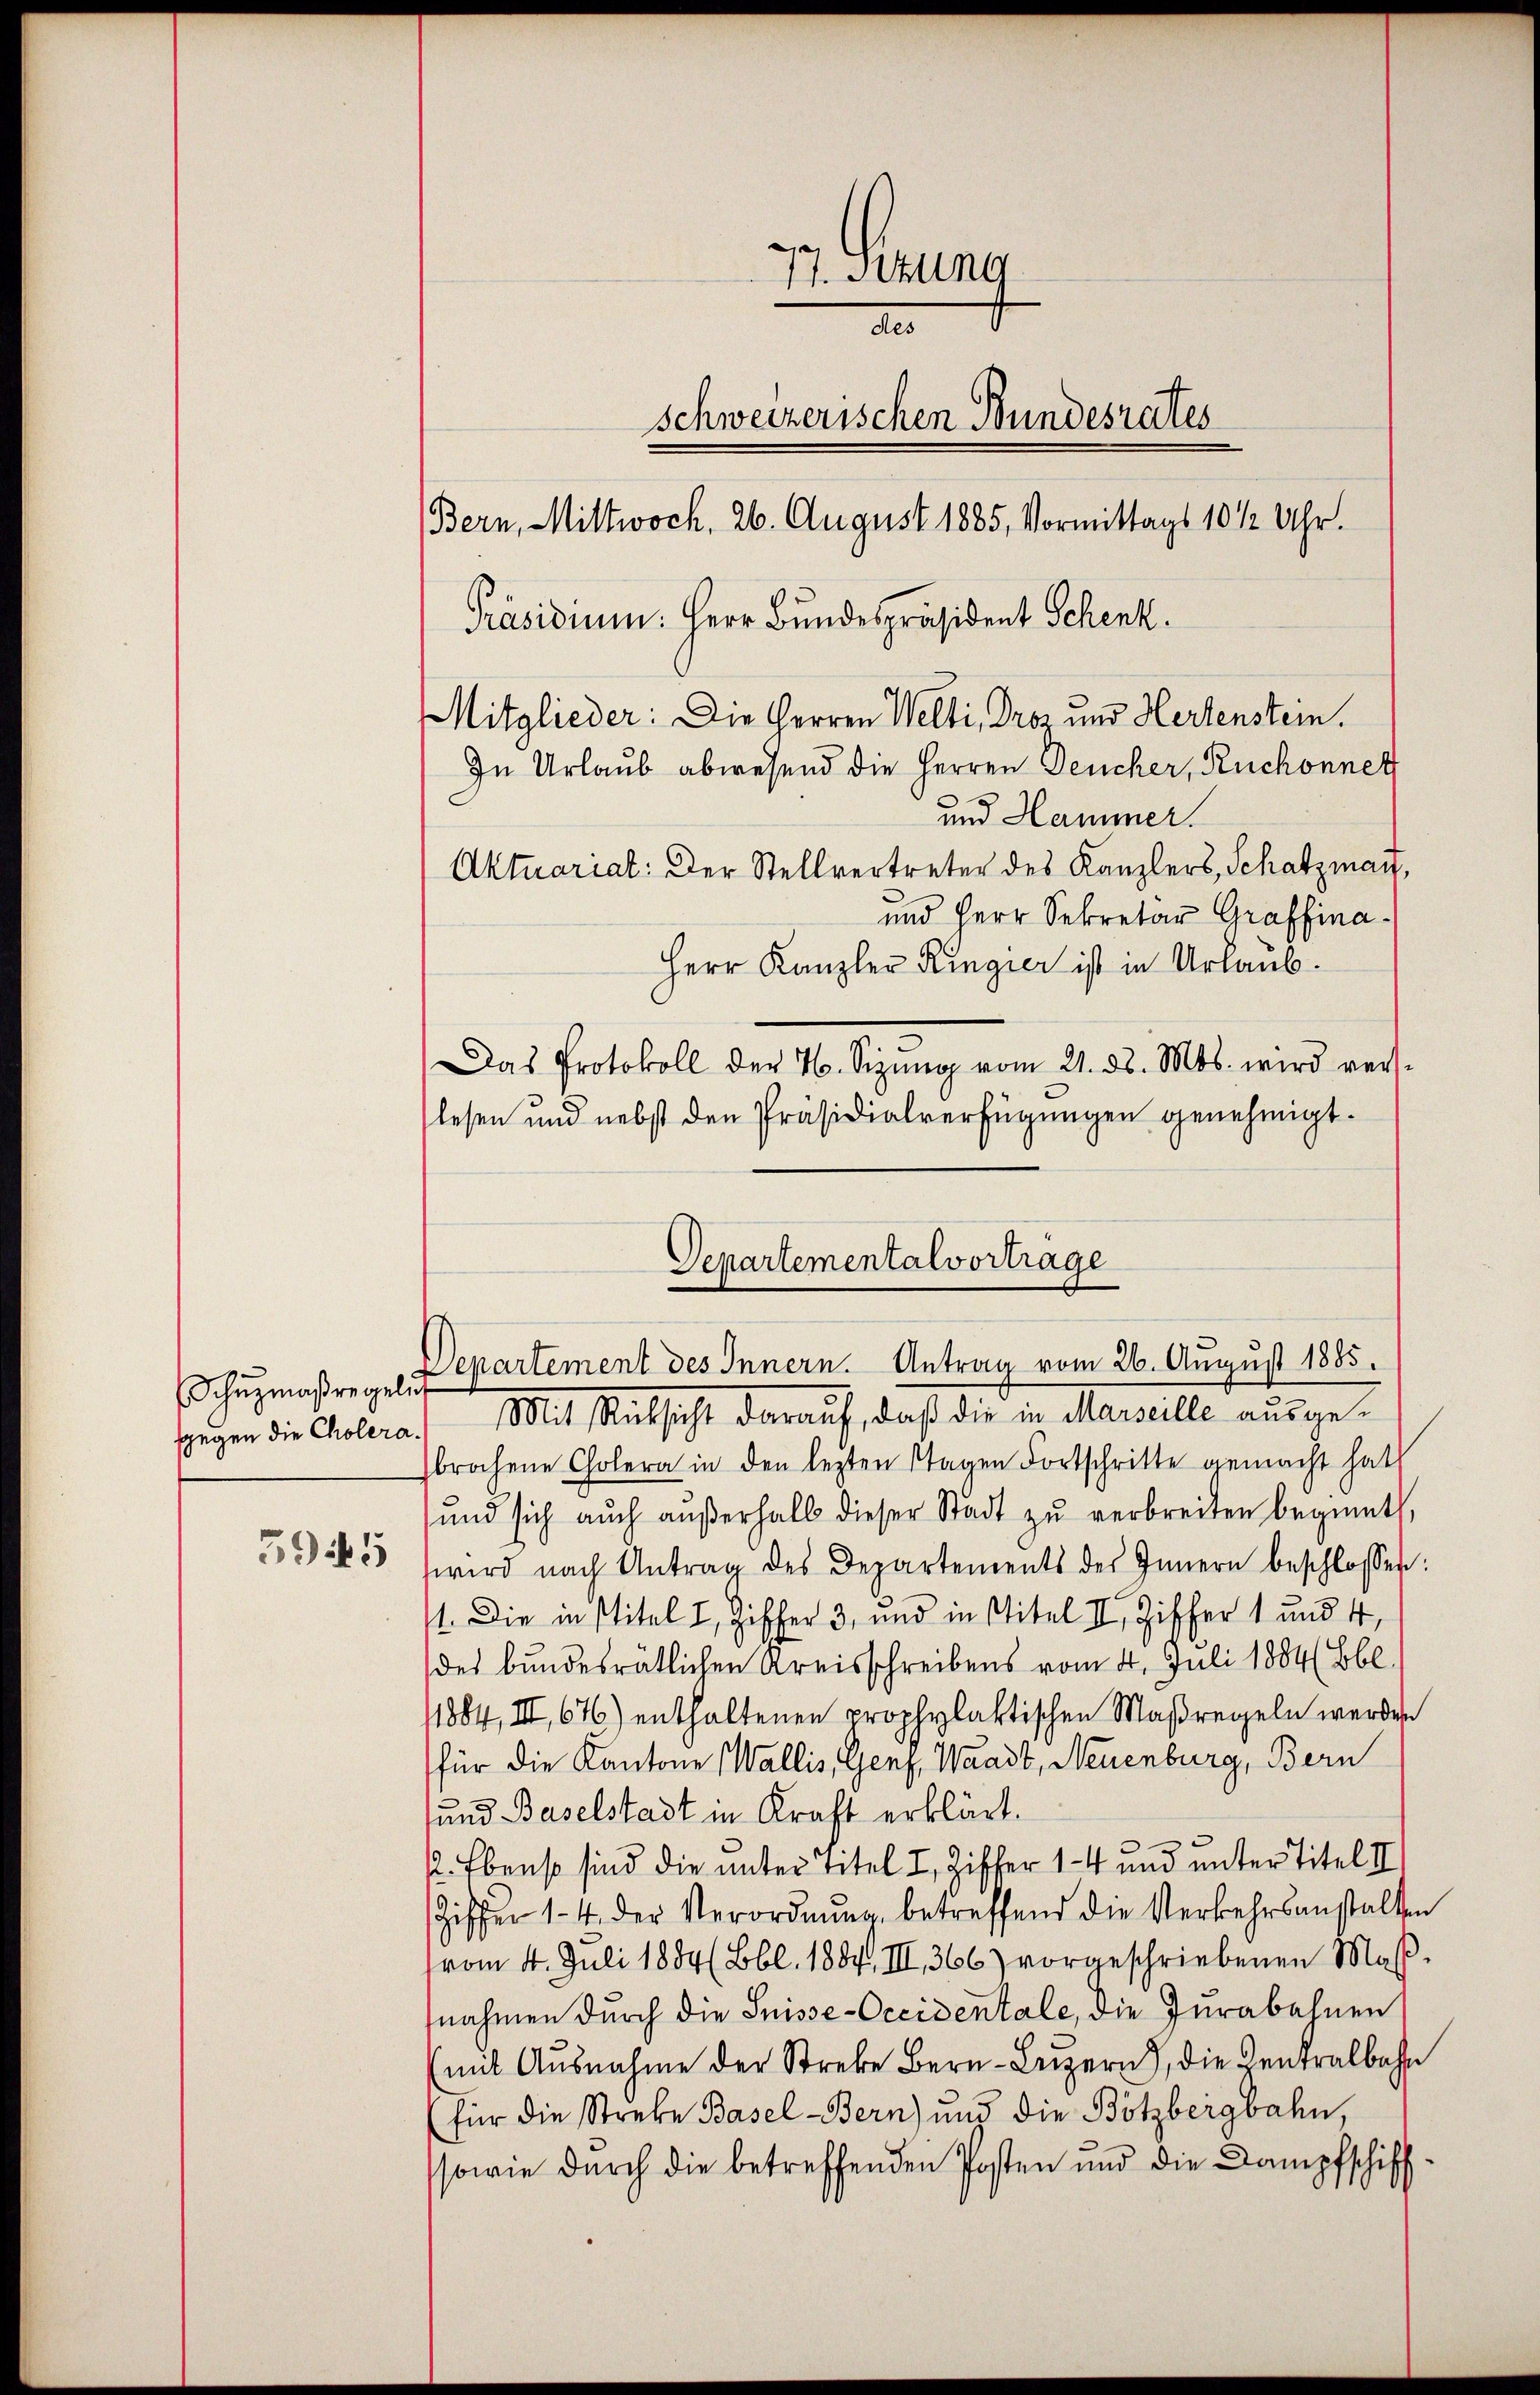
sgegen die Cholera.

5945

77. Stung
A
schweizerischen Bundesrates
Bern, Mittwoch. 26. August 1885, Vormittags 10 1/2 Uhr.
Präsidium. Herr Bundespräsident Schenk.
Mitglieder: Die Herren Welti, Droz und Hertenstein.
In Urlaub abwesend die Herren Deucher, Ruchonnet
und Hammer.
Aktuariat: Der Stellvertreter des Kanzlers, Schatzmann,

und Herr Sekretär Graffina¬
Herr Kanzler Ringier ist in Urlaub.
Das Protokoll der 76. Sizŭng vom 21. d. Mts. wird verslesen und nebst den Präsidialverfügungen genehmigt.
Mit Rücksicht darauf, daß die in Marseille ausgebrochene Cholera in den lezten Stagen Fortschritte gemacht hat
ŭnd sich aŭch aŭβerhalb dieser Stadt zŭ verbreiten beginnt,
wird nach Antrag des Departements des Innern beschlossen:
1. Die in Titel I Ziffer 3, und institel II. Ziffer 1 und 4,
des bundesrätlichen Kreisschreibens vom 4. Juli 1884(Bbl.
11884, III, 676) enthaltenen prophylaktischen Maßregeln werden
für die Kantone (Wallis, Genf, Waadt, Neuenburg, Bern
sund Baselstadt in Kraft erklärt.
. Ebenso sind die unter Titel I Ziffer 14 und unter Titel III
Ziffer 14. der Verordnŭng, betreffend die Verkehrsanstalten
vom 4. Juli 1884 (Bbl. 1884, III 366) vorgeschriebenen Maβ-
nahmen durch die Suisse-Occidentale, die Jurabahnen
mit Ausnahme der Strebe Bern Luzern, die Centralbahn
für die Streke Basel Bern) und die Bötzbergbahn
sowie durch die betreffenden Posten und die Kampfschiff

Departementalvortrage
Schŭzmaßregel. Departement des Innern. Antrag vom 26. August 1885.